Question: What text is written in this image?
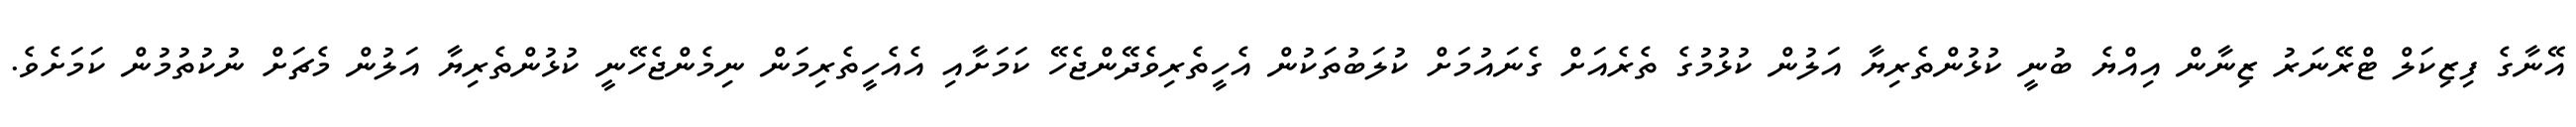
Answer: އޭނާގެ ފިޒިކަލް ޓްރޭނަރު ޒިނާން އިއްޔެ ބުނީ ކުޅުންތެރިޔާ އަލުން ކުޅުމުގެ ތެރެއަށް ގެނައުމަށް ކުލަބުތަކުން އެހީތެރިވެދޭންޖެހޭ ކަމަށާއި އެއެހީތެރިމަން ނިމެންޖެހޭނީ ކުޅުންތެރިޔާ އަލުން މެޗަށް ނުކުތުމުން ކަމަށެވެ.